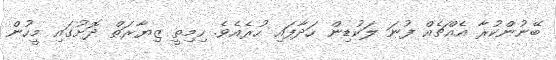
ބޭނުންކުރާ އެއްޗެއް ފުނަ ލަކުޑިން ހަދާފައި ހުރެއެވެ. ހިމިތީ ޒިޔާރަތް ދޮށުގައި މީހުން